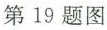
第19题图